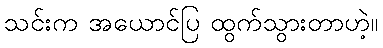
သင်းက အယောင်ပြ ထွက်သွားတာဟဲ့။